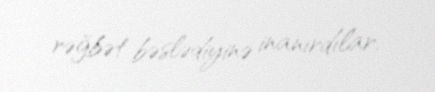
rəğbət bəslədiyinə inanırdılar.